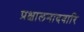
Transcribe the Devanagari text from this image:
प्रक्षालनादवारि